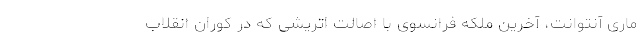
ماری آنتوانت، آخرین ملکه فرانسوی با اصالت اتریشی که در کوران انقلاب